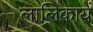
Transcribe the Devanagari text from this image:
लालिकायें